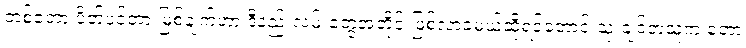
တစ်တော့ ပိတ်ပင်တားမြစ်ချက်ဟာ ဒီနည်းလမ်းတွေအတိုင်းဖြစ်လာခဲ့မယ်ဆိုရင်တောင် သုံးချင်တဲ့သူက တော့